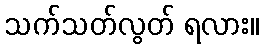
သက်သတ်လွတ် ရလား။